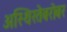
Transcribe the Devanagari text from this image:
अस्थिरतेबरोबर